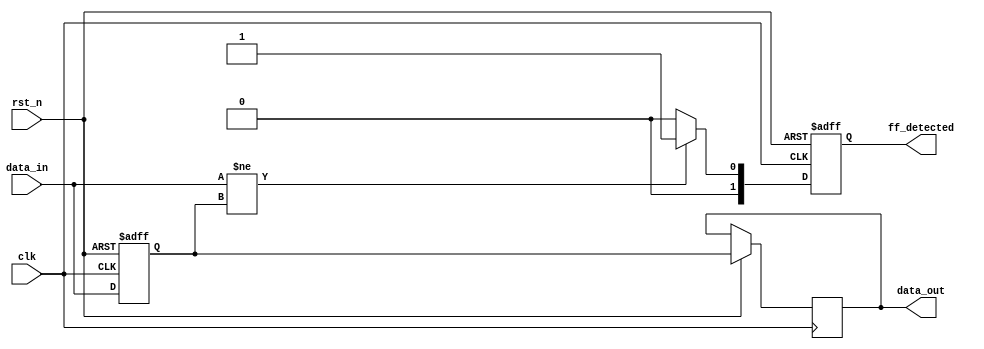
module MemoryBlock (
    input wire clk,
    input wire rst_n,
    input wire [N-1:0] data_in,       // Data input
    output reg [1:0] ff_detected,      // Flip-Flop detection indicator (0: No, 1: Yes)
    output reg [N-1:0] data_out        // Data output
);
    parameter N = 8;                   // Size of the memory block
    reg [N-1:0] mem;                   // Memory storage

    // Flip-Flop detection logic
    always @(posedge clk or negedge rst_n) begin
        if (!rst_n) begin
            mem <= 0;
            ff_detected <= 0;           // Reset detection indicator
        end else begin
            mem <= data_in;             // Sample input on clock edge
            // Simple detection logic for flip-flop characteristics
            if (data_in != mem) begin
                ff_detected <= 1;        // Indicate flip-flop behavior
            end else begin
                ff_detected <= 0;        // No flip-flop detected
            end
            data_out <= mem;            // Pass data to the next block
        end
    end
endmodule